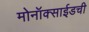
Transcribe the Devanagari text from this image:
मोनॉक्साईडची